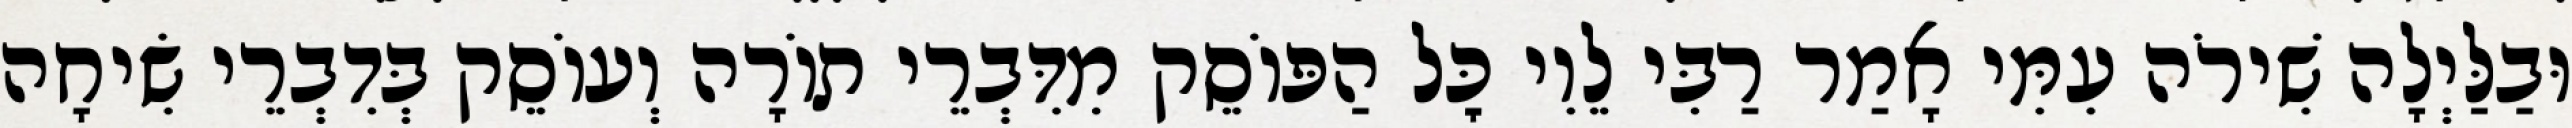
וּבַלַּיְלָה שִׁירֹה עִמִּי אָמַר רַבִּי לֵוִי כׇּל הַפּוֹסֵק מִדִּבְרֵי תוֹרָה וְעוֹסֵק בְּדִבְרֵי שִׂיחָה